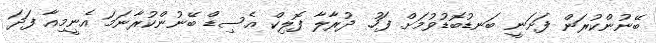
ބޭނުންކުރަން ފަށަނީ ބަނޑުބޮޑުވުމަށް ފަހު. ދުރާލާ ފޮލިކް އެސިޑް ބޭނުންކުރާނަމަ އެނީމިއާ ފަދަ